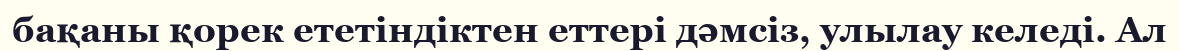
бақаны қорек ететіндіктен еттері дәмсіз, улылау келеді. Ал